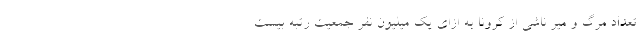
تعداد مرگ و میر ناشی از کرونا به ازای یک میلیون نفر جمعیت رتبه بیست